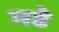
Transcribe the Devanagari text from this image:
मढे